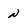
Character: N